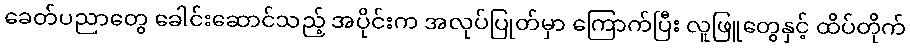
ခေတ်ပညာတွေ ခေါင်းဆောင်သည့် အပိုင်းက အလုပ်ပြုတ်မှာ ကြောက်ပြီး လူဖြူတွေနှင့် ထိပ်တိုက်